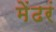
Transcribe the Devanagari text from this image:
मेंढरं